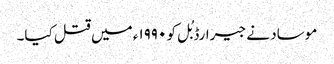
موساد نے جیرارڈ بُل کو ۱۹۹۰ء میں قتل کیا۔